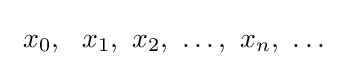
\ x_{0},\ \ x_{1},\ x_{2},\ \dots ,\ x_{n},\ \dots \